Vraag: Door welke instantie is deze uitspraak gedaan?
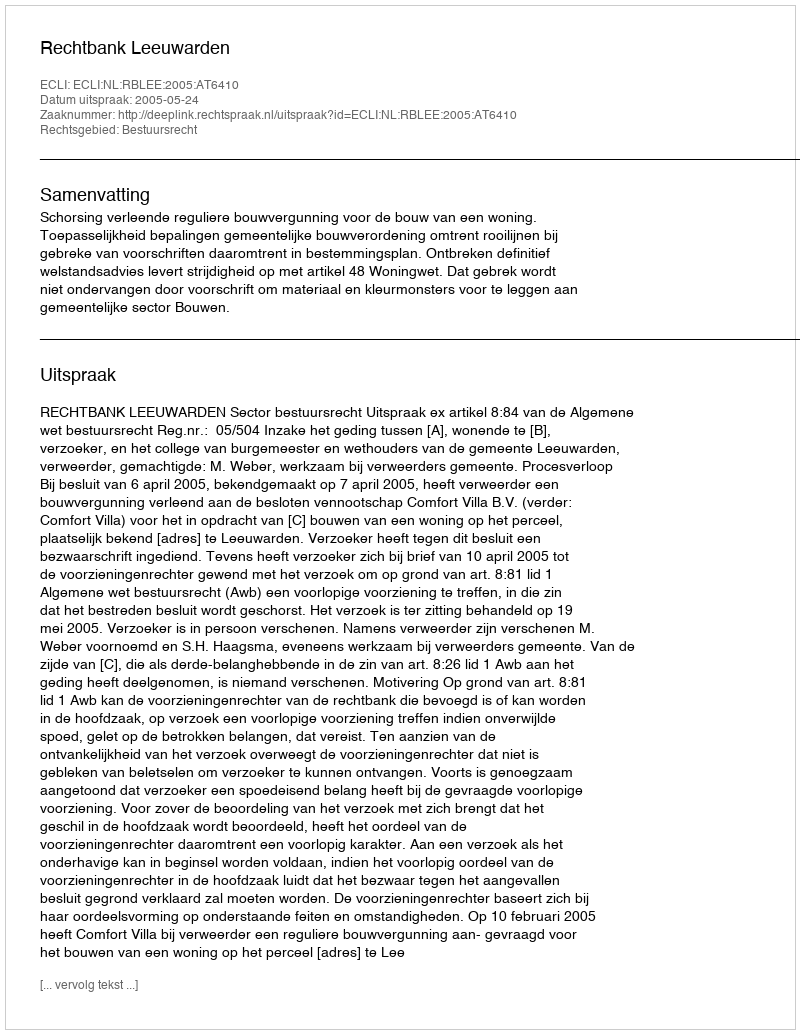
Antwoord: Rechtbank Leeuwarden